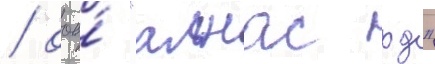
/ ооо́ "алнас рд"